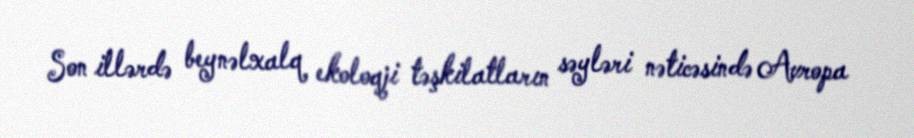
Son illərdə beynəlxalq ekoloqji təşkilatların səyləri nəticəsində Avropa